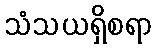
သံသယရှိစရာ